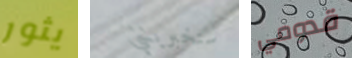
يثور ستخبرينني قدومي